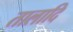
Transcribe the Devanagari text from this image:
तालादि